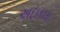
અદાકારા